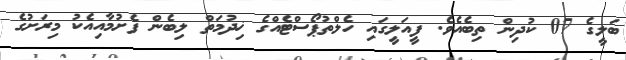
ބަލީގެ 07 ކުދިން ތިބެއެވެ. ފީއަލީގައި ހެލްތުޕޯސްޓެއްގެ ޚިދުމަތް ލިބެން ފެށުމާއިއެކު މިރަށުގެ